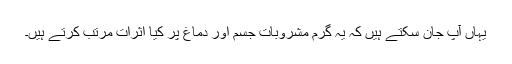
یہاں آپ جان سکتے ہیں کہ یہ گرم مشروبات جسم اور دماغ پر کیا اثرات مرتب کرتے ہیں۔